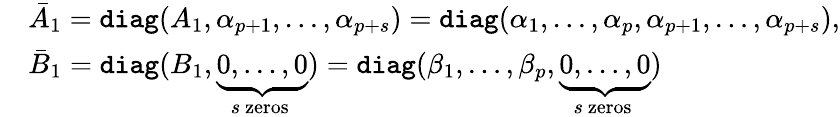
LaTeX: \begin{array}{rl}&{\bar{A}_{1}=\texttt{diag}(A_{1},\alpha_{p+1},\ldots,\alpha_{p+s})=\texttt{diag}(\alpha_{1},\ldots,\alpha_{p},\alpha_{p+1},\ldots,\alpha_{p+s}),}\\ &{\bar{B}_{1}=\texttt{diag}(B_{1},\underbrace{0,\ldots,0}_{s\mathrm{~zeros~}})=\texttt{diag}(\beta_{1},\ldots,\beta_{p},\underbrace{0,\ldots,0}_{s\mathrm{~zeros~}})}\end{array}